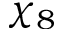
\chi _ { 8 }